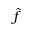
\widetilde { f }